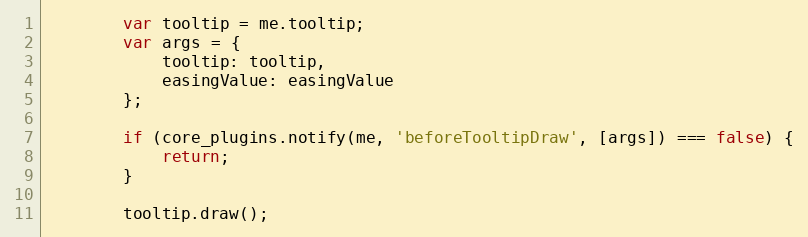
Language: JavaScript
		var tooltip = me.tooltip;
		var args = {
			tooltip: tooltip,
			easingValue: easingValue
		};

		if (core_plugins.notify(me, 'beforeTooltipDraw', [args]) === false) {
			return;
		}

		tooltip.draw();